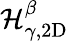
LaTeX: \mathcal{H}_{\gamma,\mathrm{{2D}}}^{\beta}